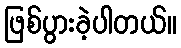
ဖြစ်ပွားခဲ့ပါတယ်။